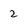
Character: 2